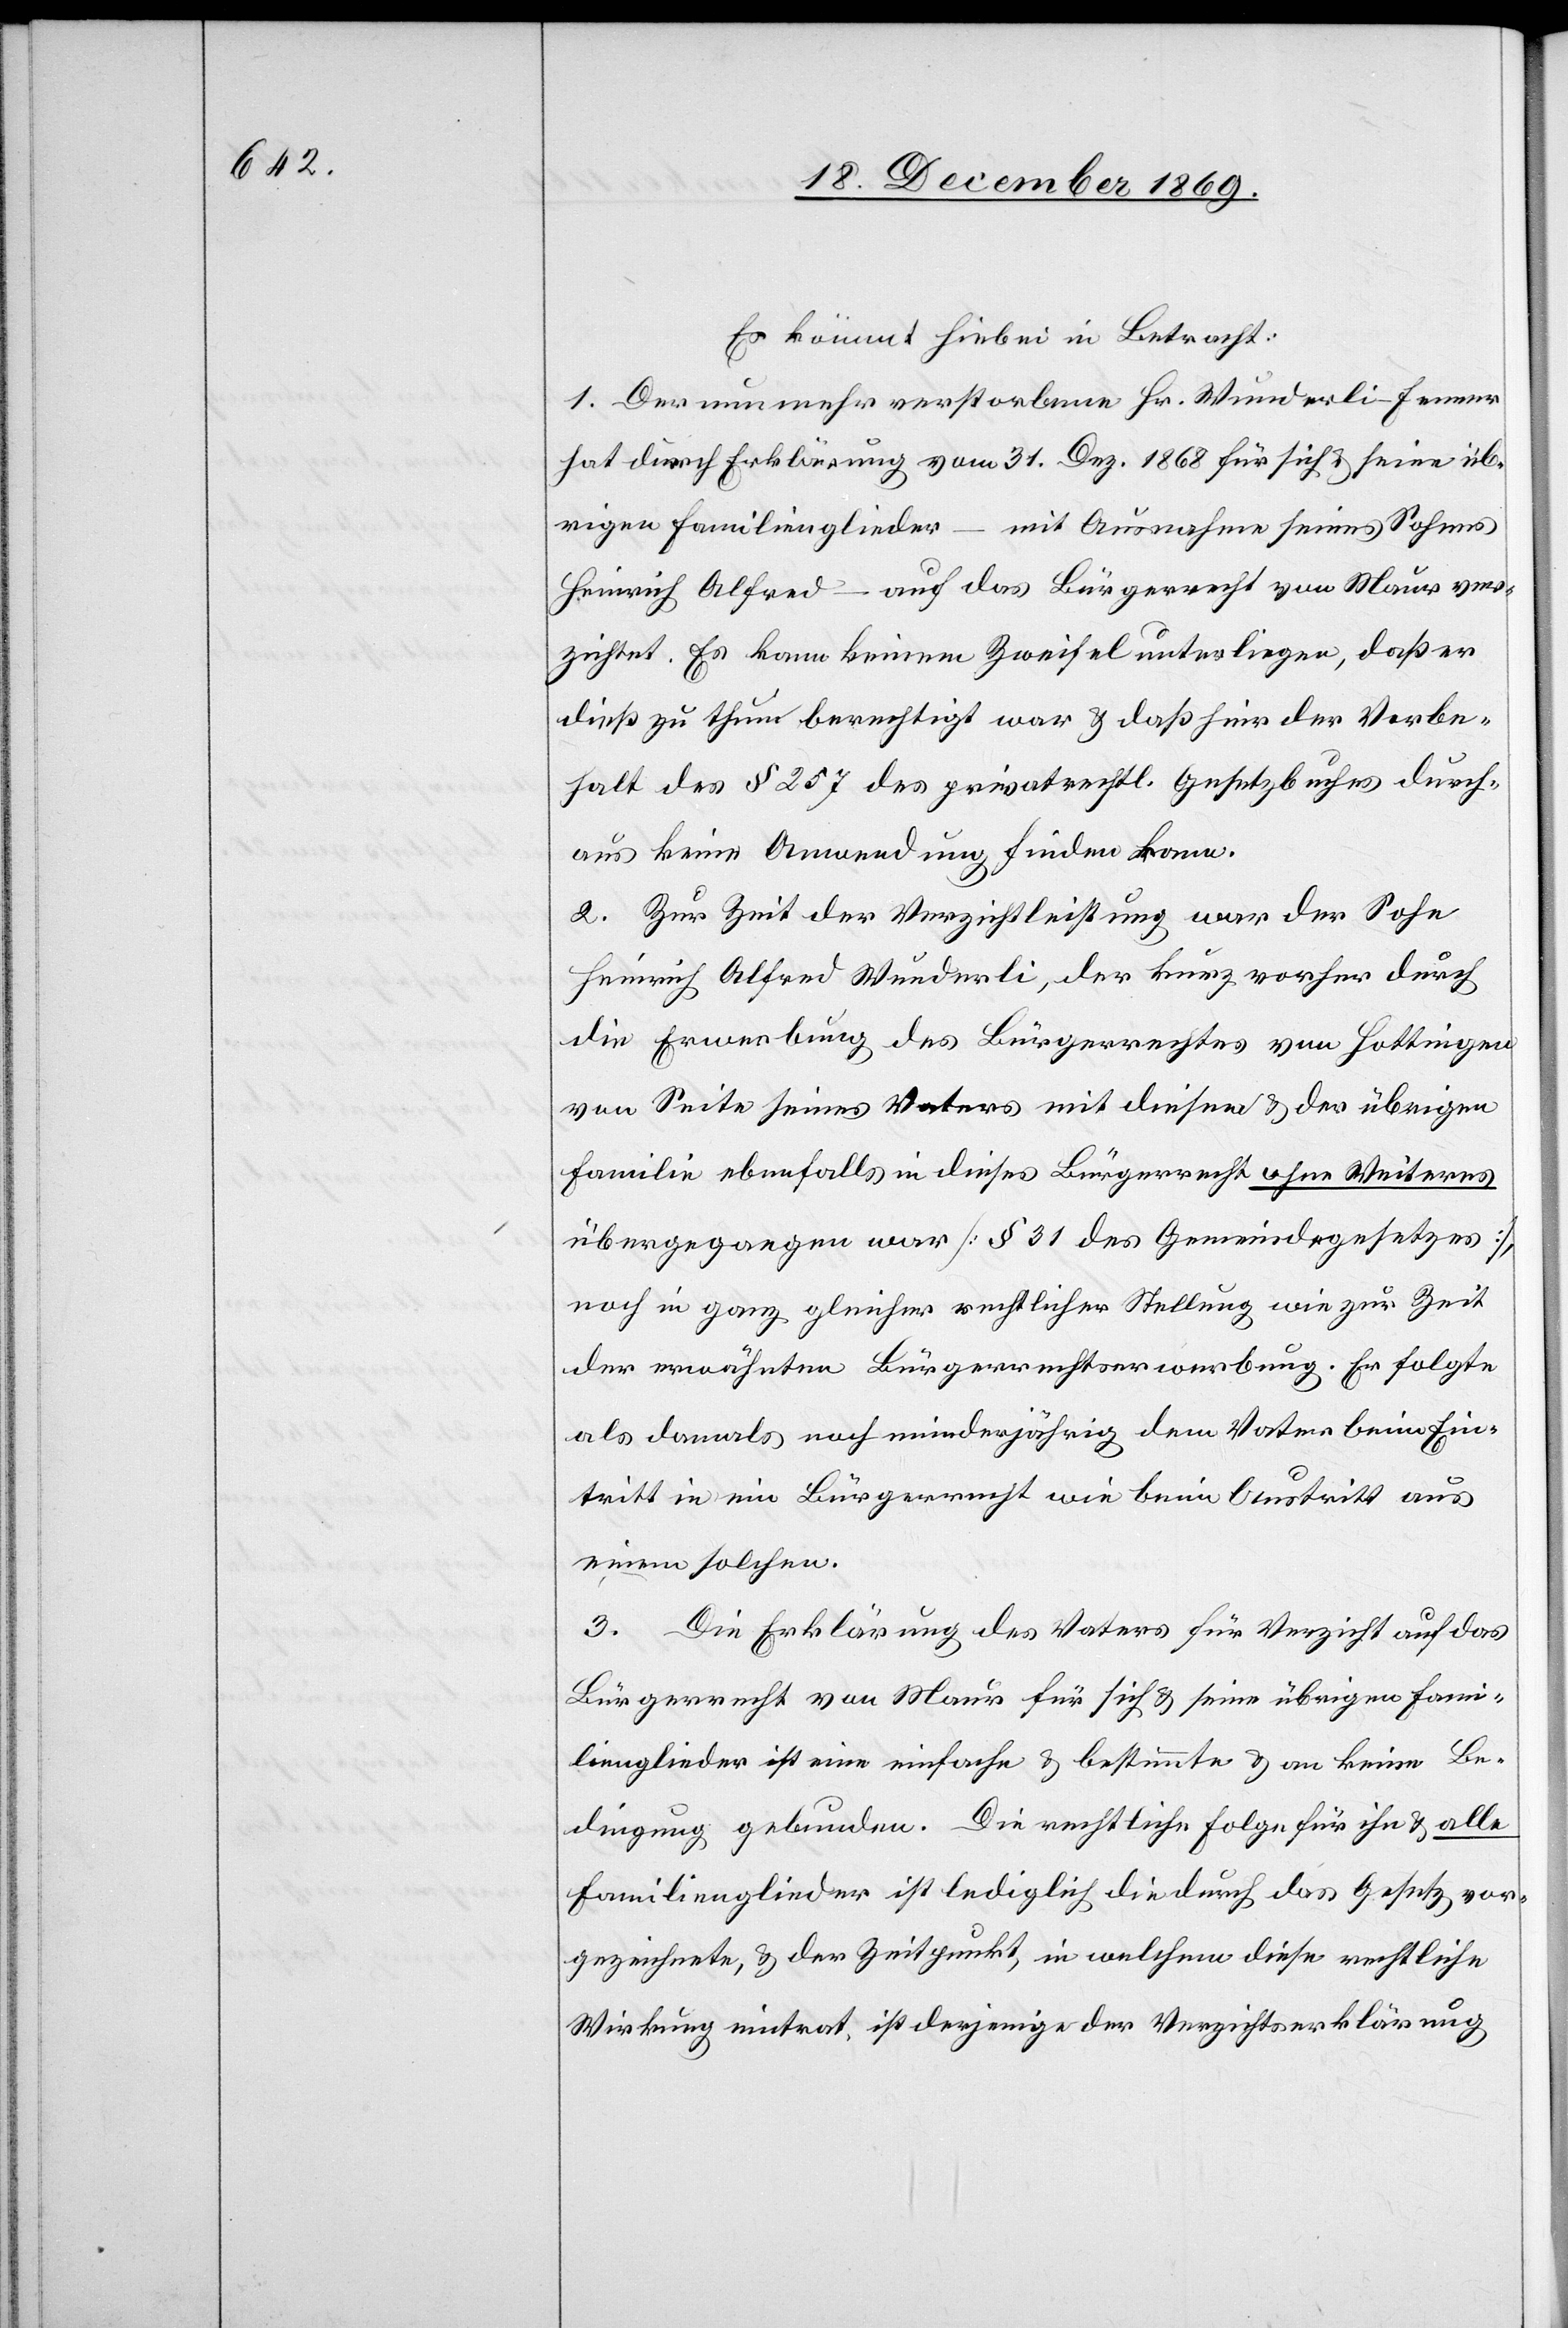
Es kömmt hiebei in Betracht:
1. Der nunmehr verstorbene Hr. Wunderli-Fenner
hat durch Erklärung vom 31. Dez. 1868 für sich & seine üb¬
rigen Familienglieder – mit Ausnahme seines Sohnes
Heinrich Alfred – auf das Bürgerrecht von Maur ver¬
zichtet. Es kann keinem Zweifel unterliegen, daß er
dieß zu thun berechtigt war & daß hier der Vorbe¬
halt des § 257 des privatrechtl. Gesetzbuches durch¬
aus keine Anwendung finden kann.
2. Zur Zeit der Verzichtleistung war der Sohn
Heinrich Alfred Wunderli, der kurz vorher durch
die Erwerbung des Bürgerrechtes von Hottingen
von Seite seines Vaters mit diesem & der übrigen
Familie ebenfalls in dieses Bürgerrecht ohne Weiteres
übergegangen war [§ 31 des Gemeindegesetzes],
noch in ganz gleicher rechtlicher Stellung wie zur Zeit
der erwähnten Bürgerrechtserwerbung. Er folgte
als damals noch minderjährig dem Vater beim Ein¬
tritt in ein Bürgerrecht wie beim Austritt aus
einem solchen.
3. Die Erklärung des Vaters für Verzicht auf das
Bürgerrecht von Maur für sich & seine übrigen Fami¬
lienglieder ist eine einfache & bestimmte & an keine Be¬
dingung gebunden. Die rechtliche Folge für ihn & alle
Familienglieder ist lediglich die durch das Gesetz vor¬
gezeichnete, & der Zeitpunkt, in welchem diese rechtliche
Wirkung eintrat, ist derjenige der Verzichtserklärung